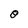
Character: 0